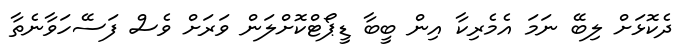
ދެކޮޅަށް ލިބޭ ނަމަ އެމެރިކާ އިން ބީބާ ޑީޕޯޓްކޮށްލަން ވަރަށް ވެސް ފަސޭހަވާނެތާ